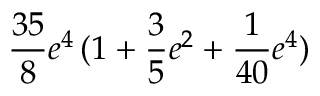
\frac { 3 5 } { 8 } e ^ { 4 } \, ( 1 + \frac 3 5 e ^ { 2 } + \frac { 1 } { 4 0 } e ^ { 4 } )